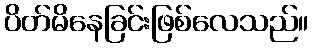
ပိတ်မိနေခြင်းဖြစ်လေသည်။